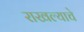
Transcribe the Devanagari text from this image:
राखल्याचे